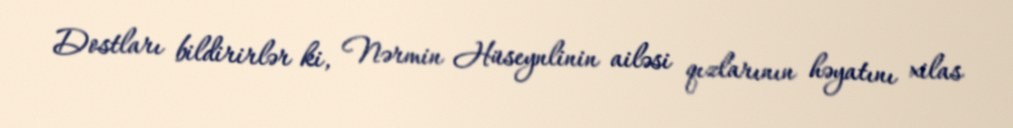
Dostları bildirirlər ki, Nərmin Hüseynlinin ailəsi qızlarının həyatını xilas